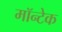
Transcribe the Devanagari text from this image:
मॉन्टेक